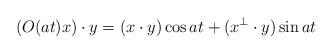
LaTeX: \begin{align*}(O(at)x)\cdot y=(x\cdot y)\cos at+(x^\perp\cdot y)\sin at\end{align*}